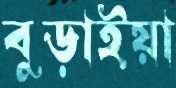
বুড়াইয়া